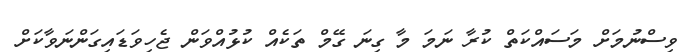
ވިސްނުމަށް މަސައްކަތް ކުރާ ނަމަ މާ ގިނަ ގޭމް ތަކެއް ކުޅުއްވަން ޖެހިވަޑައިގަންނަވާކަށް